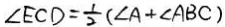
\angle E C D = \frac { 1 } { 2 } ( \angle A + \angle A B C )